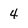
Character: 4